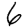
Digit: 6